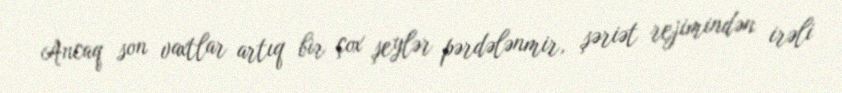
Ancaq son vaxtlar artıq bir çox şeylər pərdələnmir, şəriət rejimindən irəli